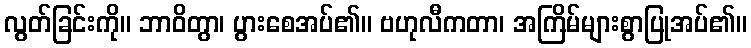
လွတ်ခြင်းကို။ ဘာဝိတွာ၊ ပွားစေအပ်၏။ ဗဟုလီကတာ၊ အကြိမ်များစွာပြုအပ်၏။